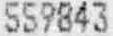
559843